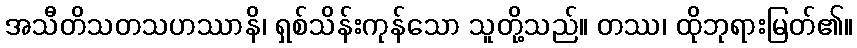
အသီတိသတသဟဿာနိ၊ ရှစ်သိန်းကုန်သော သူတို့သည်။ တဿ၊ ထိုဘုရားမြတ်၏။